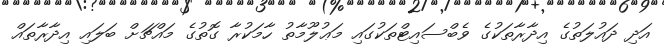
އަދި ދައުލަތުގެ އިދާރާތަކުގެ ވެބްސައިޓްތަކުގައި މަޢުލޫމާތު ހާމަކުރާ ގޮތުގެ މައްޗަށް ބަލައި އިދާރާތައް